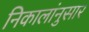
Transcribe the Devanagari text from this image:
निकालांनुसार